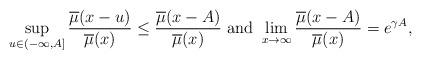
LaTeX: \begin{align*}\sup_{u \in (-\infty,A]}\frac{\overline{ \mu}(x-u)}{\overline{ \mu}(x)}\le \frac{\overline{ \mu}(x-A)}{\overline{ \mu}(x)} \mbox{ and } \lim_{x \to \infty}\frac{\overline{ \mu}(x-A)}{\overline{ \mu}(x)}= e^{\gamma A},\end{align*}